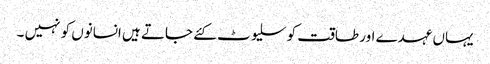
یہاں عہدے اور طاقت کو سلیوٹ کئے جاتے ہیں انسانوں کو نہیں ۔